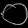
Digit: ၀